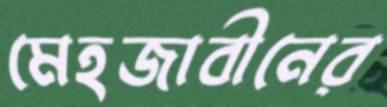
মেহজাবীনের